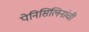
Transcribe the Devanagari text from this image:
पेनिसिलिनांची